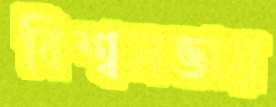
বিশ্বসভায়